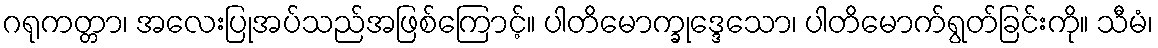
ဂရုကတ္တာ၊ အလေးပြုအပ်သည်အဖြစ်ကြောင့်။ ပါတိမောက္ခုဒ္ဒေသော၊ ပါတိမောက်ရွတ်ခြင်းကို။ သီမံ၊